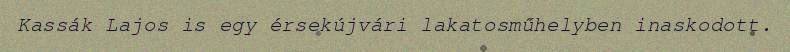
Kassák Lajos is egy érsekújvári lakatosműhelyben inaskodott.